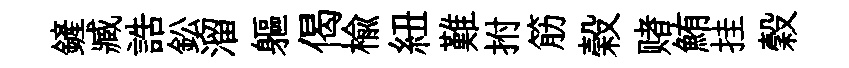
鏟臧誥鈆溜軀偈楡紐難拊筋榖赌鮪挂穀